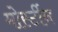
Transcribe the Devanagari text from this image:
मोर्स्टीन